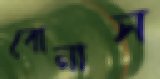
বোনাস